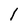
Character: l